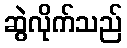
ဆွဲလိုက်သည်